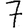
Digit: 7